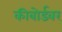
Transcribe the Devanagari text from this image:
कीबोर्डवर